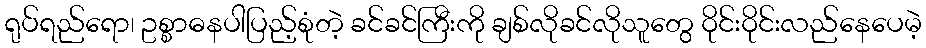
ရုပ်ရည်ရော၊ ဥစ္စာဓနပါပြည့်စုံတဲ့ ခင်ခင်ကြီးကို ချစ်လိုခင်လိုသူတွေ ဝိုင်းဝိုင်းလည်နေပေမဲ့